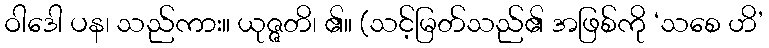
ဝါဒေါ ပန၊ သည်ကား။ ယုဇ္ဇတိ၊ ၏။ (သင့်မြတ်သည်၏ အဖြစ်ကို ‘သစေ ဟိ’